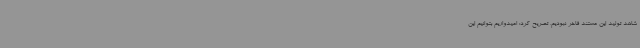
شاهد تولید این مستند فاخر نبودیم، تصریح کرد: امیدواریم بتوانیم این